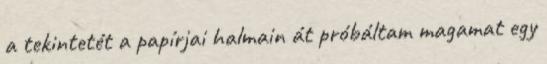
a tekintetét a papírjai halmain át próbáltam magamat egy